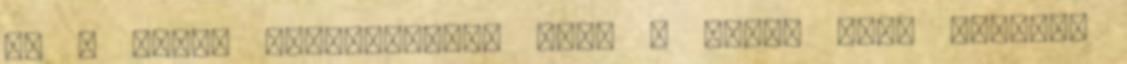
és a Sioni katedrálist? Vagy a híres grúz borokat